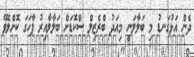
ދެން އަޅުގަނޑު މި ބަލާލަނީ މިއަދު ބްރެޒިލް ސްކޮޑަށް ބަލާލާއިރު ފާހަގަ ކޮށްލެވޭ